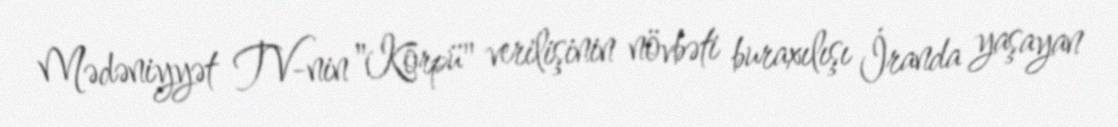
Mədəniyyət TV-nin "Körpü" verilişinin növbəti buraxılışı İranda yaşayan